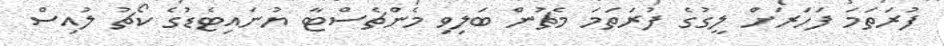
ފުރަތަމަ ފަހަރަށް ލީގުގެ ފުރަތަމަ މެޗުން ބަލިވި މެންޗެސްޓާ ޔުނައިޓެޑުގެ ކޯޗު ލުއިސް